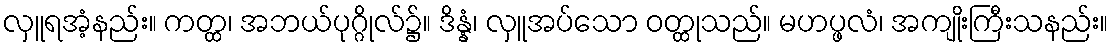
လှူရအံ့နည်း။ ကတ္ထ၊ အဘယ်ပုဂ္ဂိုလ်၌။ ဒိန္နံ၊ လှူအပ်သော ဝတ္ထုသည်။ မဟပ္ဖလံ၊ အကျိုးကြီးသနည်း။